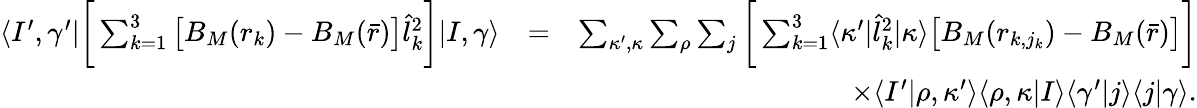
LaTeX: \begin{array}{rlr}{\langle I^{\prime},\gamma^{\prime}|\bigg[\sum_{k=1}^{3}\big[B_{M}(r_{k})-B_{M}(\bar{r})\big]\hat{l}_{k}^{2}\bigg]|I,\gamma\rangle}&{=}&{\sum_{\kappa^{\prime},\kappa}\sum_{\rho}\sum_{j}\bigg[\sum_{k=1}^{3}\langle\kappa^{\prime}|\hat{l}_{k}^{2}|\kappa\rangle\big[B_{M}(r_{k,j_{k}})-B_{M}(\bar{r})\big]\bigg]}\\ &{}&{\times\langle I^{\prime}|\rho,\kappa^{\prime}\rangle\langle\rho,\kappa|I\rangle\langle\gamma^{\prime}|j\rangle\langle j|\gamma\rangle.}\end{array}